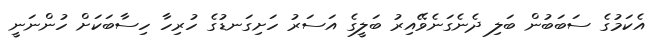
އެކަމުގެ ސަބަބުން ބަލި ދެނެގަނެވޭއިރު ބަލީގެ އަސަރު ހަށިގަނޑުގެ ހުރިހާ ހިސާބަކަށް ހުންނަނީ